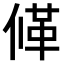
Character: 𠌙